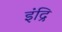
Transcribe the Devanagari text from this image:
इंद्रि